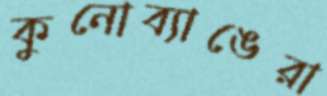
কুনোব্যাঙেরা